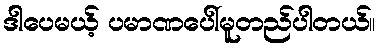
ဒါပေမယ့် ပမာဏပေါ်မူတည်ပါတယ်။